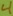
Text: 4